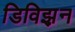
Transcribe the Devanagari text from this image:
डिविझ़न